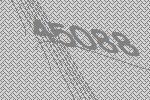
45088